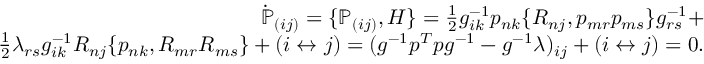
\begin{array} { r } { \dot { \mathbb P } _ { ( i j ) } = \{ { \mathbb P } _ { ( i j ) } , H \} = \frac 1 2 g _ { i k } ^ { - 1 } p _ { n k } \{ R _ { n j } , p _ { m r } p _ { m s } \} g _ { r s } ^ { - 1 } + } \\ { \frac 1 2 \lambda _ { r s } g _ { i k } ^ { - 1 } R _ { n j } \{ p _ { n k } , R _ { m r } R _ { m s } \} + ( i \leftrightarrow j ) = ( g ^ { - 1 } p ^ { T } p g ^ { - 1 } - g ^ { - 1 } \lambda ) _ { i j } + ( i \leftrightarrow j ) = 0 . } \end{array}